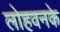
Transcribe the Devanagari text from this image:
लोहवनके